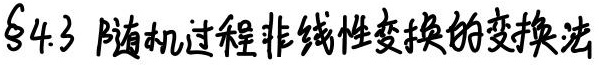
$\S 4.3$ 随机过程非线性变换的变换法